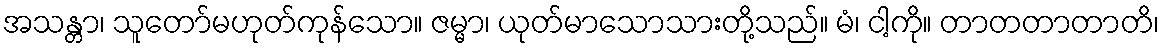
အသန္တာ၊ သူတော်မဟုတ်ကုန်သော။ ဇမ္မာ၊ ယုတ်မာသောသားတို့သည်။ မံ၊ ငါ့ကို။ တာတတာတာတိ၊